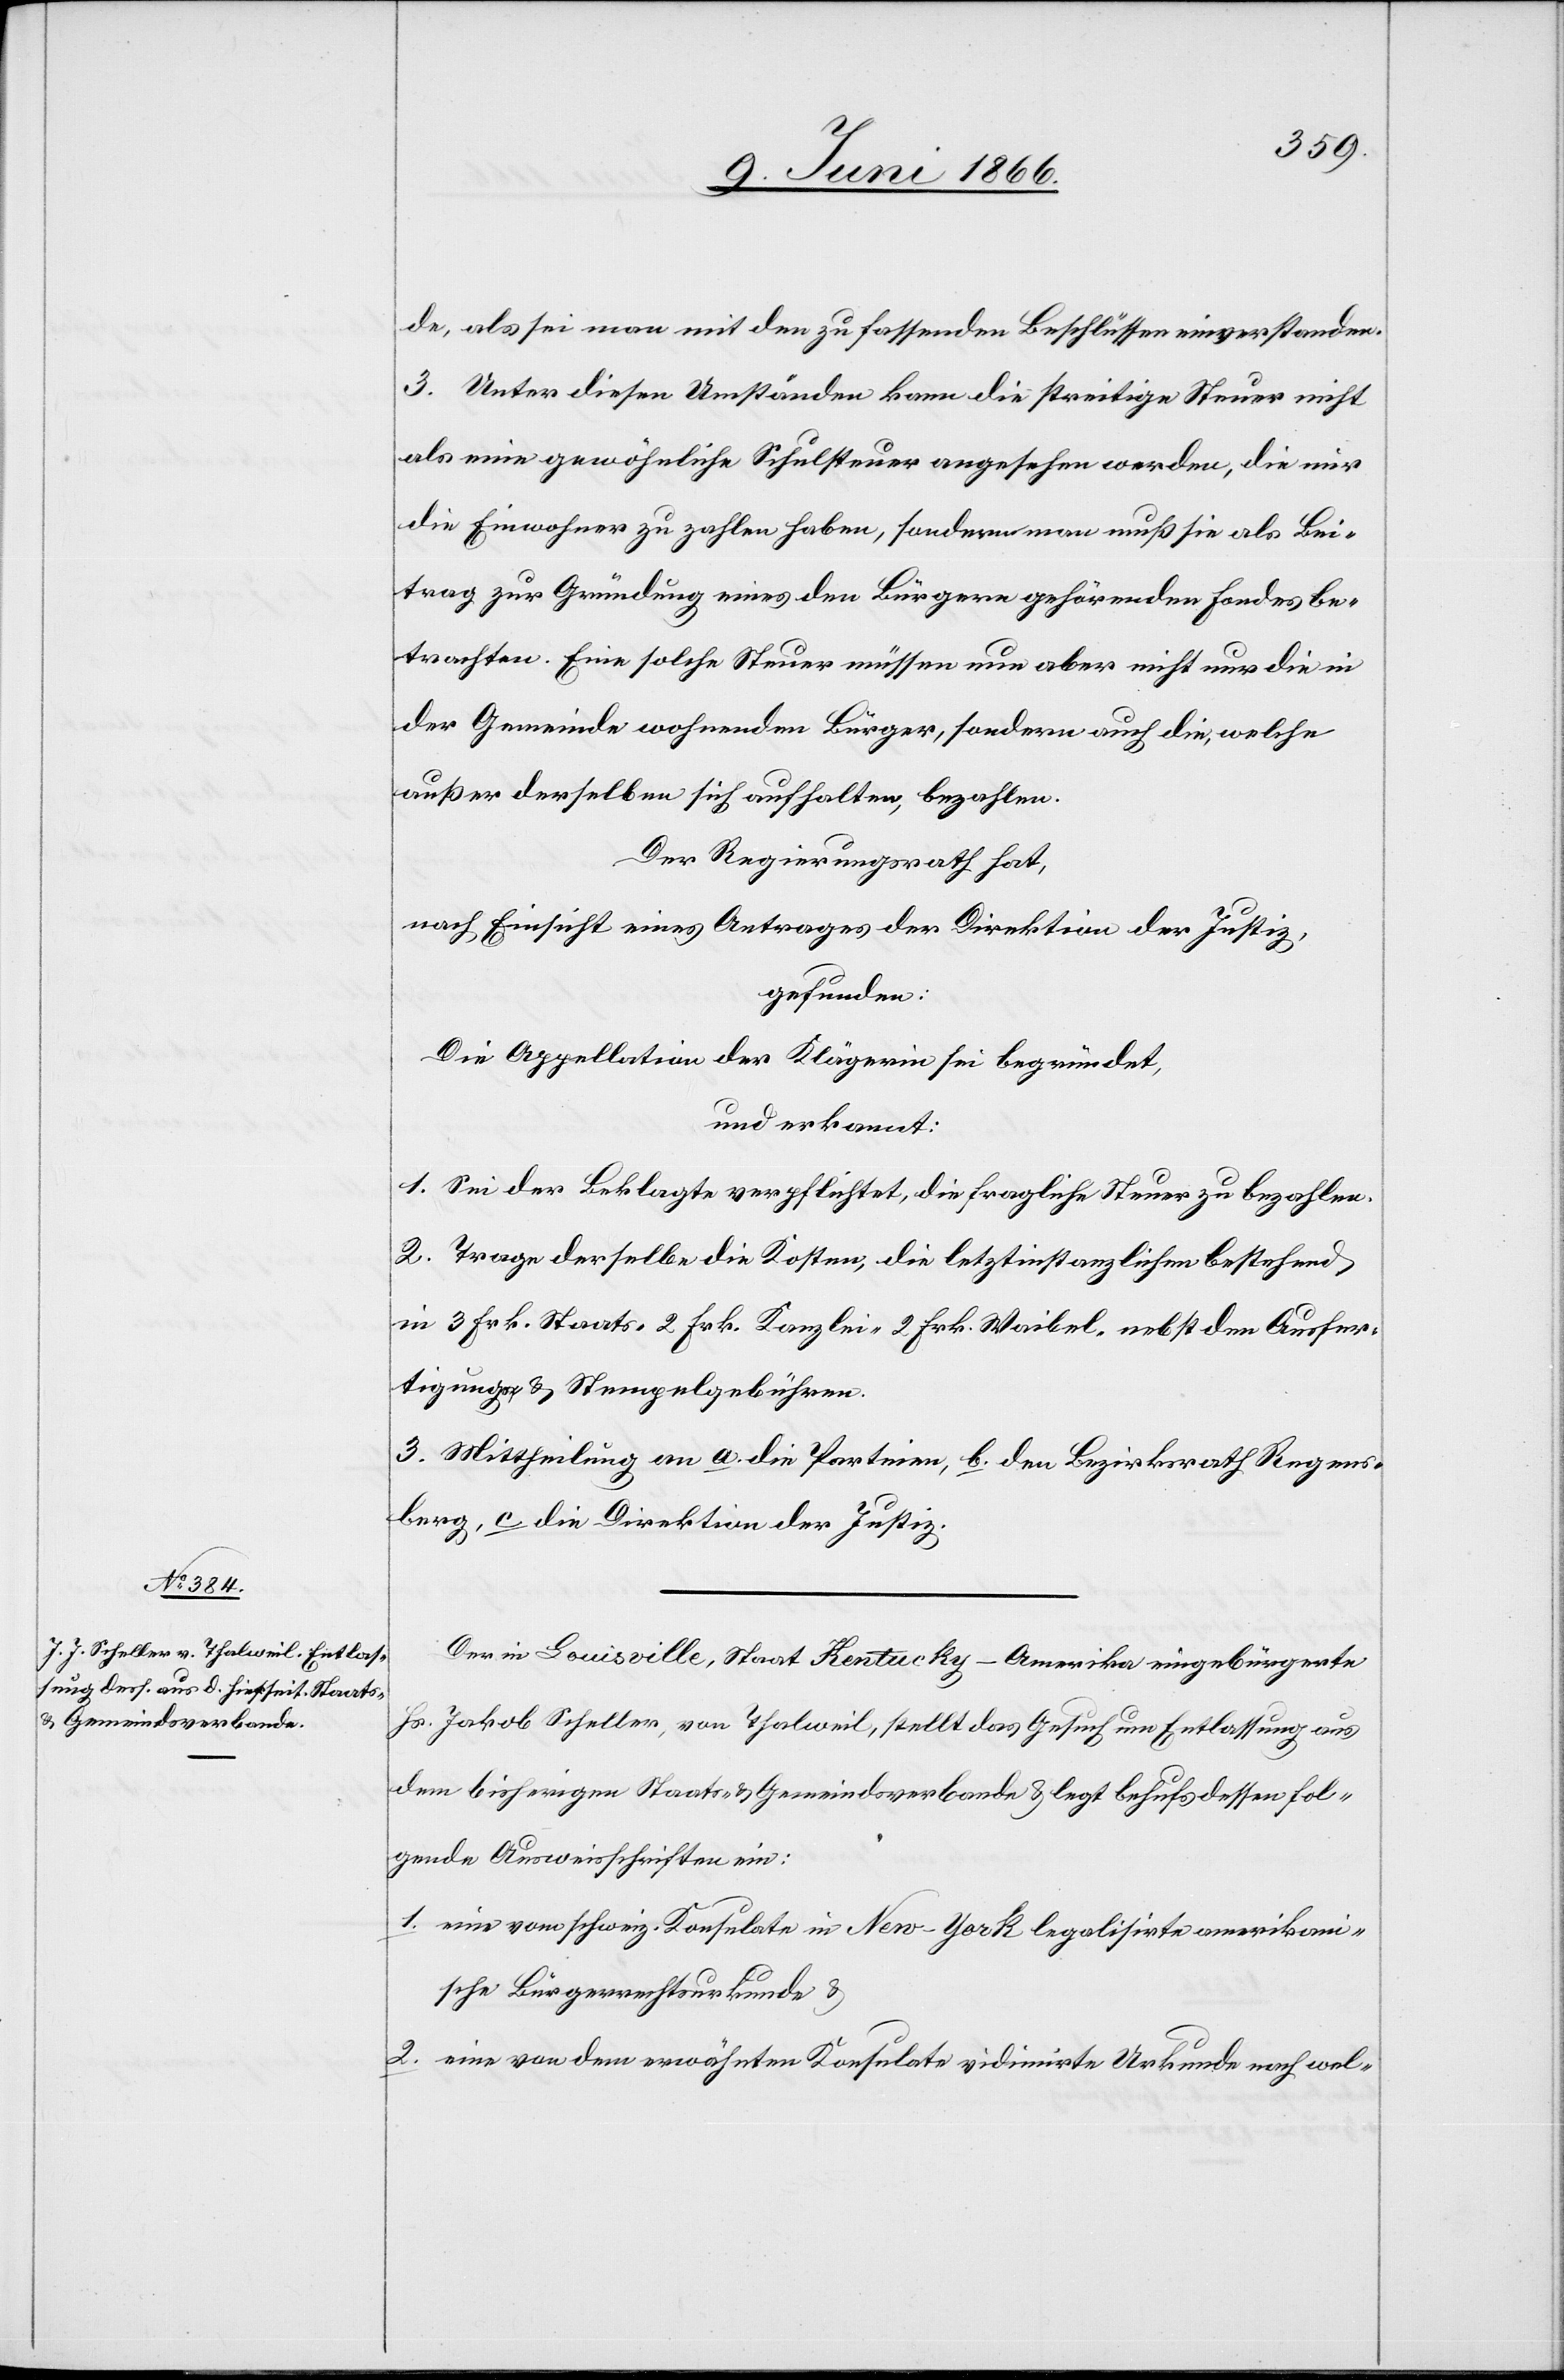
Der in Louisville, Staat Kentucky-Amerika eingebürgerte
Jakob Scheller, von Thalweil, stellt des Gesuch um Entlassung aus
dem bisherigen Staats- u. Gemeindsverbande u. legt behufs dessen fol¬
gende Ausweisschriften ein:
1. eine vom schweiz. Konsulate in New-York legalisirte amerikan¬
ische Bürgerrechtsurkunde u.
2. ein von dem erwähnten Konsulate vidimierte Urkunde nach wel-